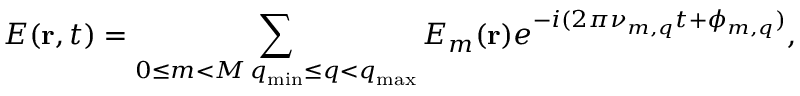
E ( \mathbf { r } , t ) = \sum _ { \substack { 0 \leq m < M \, q _ { \mathrm { m i n } } \leq q < q _ { \mathrm { m a x } } } } E _ { m } ( \mathbf { r } ) e ^ { - i ( 2 \pi \nu _ { m , q } t + \phi _ { m , q } ) } ,